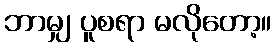
ဘာမျှ ပူစရာ မလိုတော့။